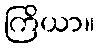
ကြိယာ။